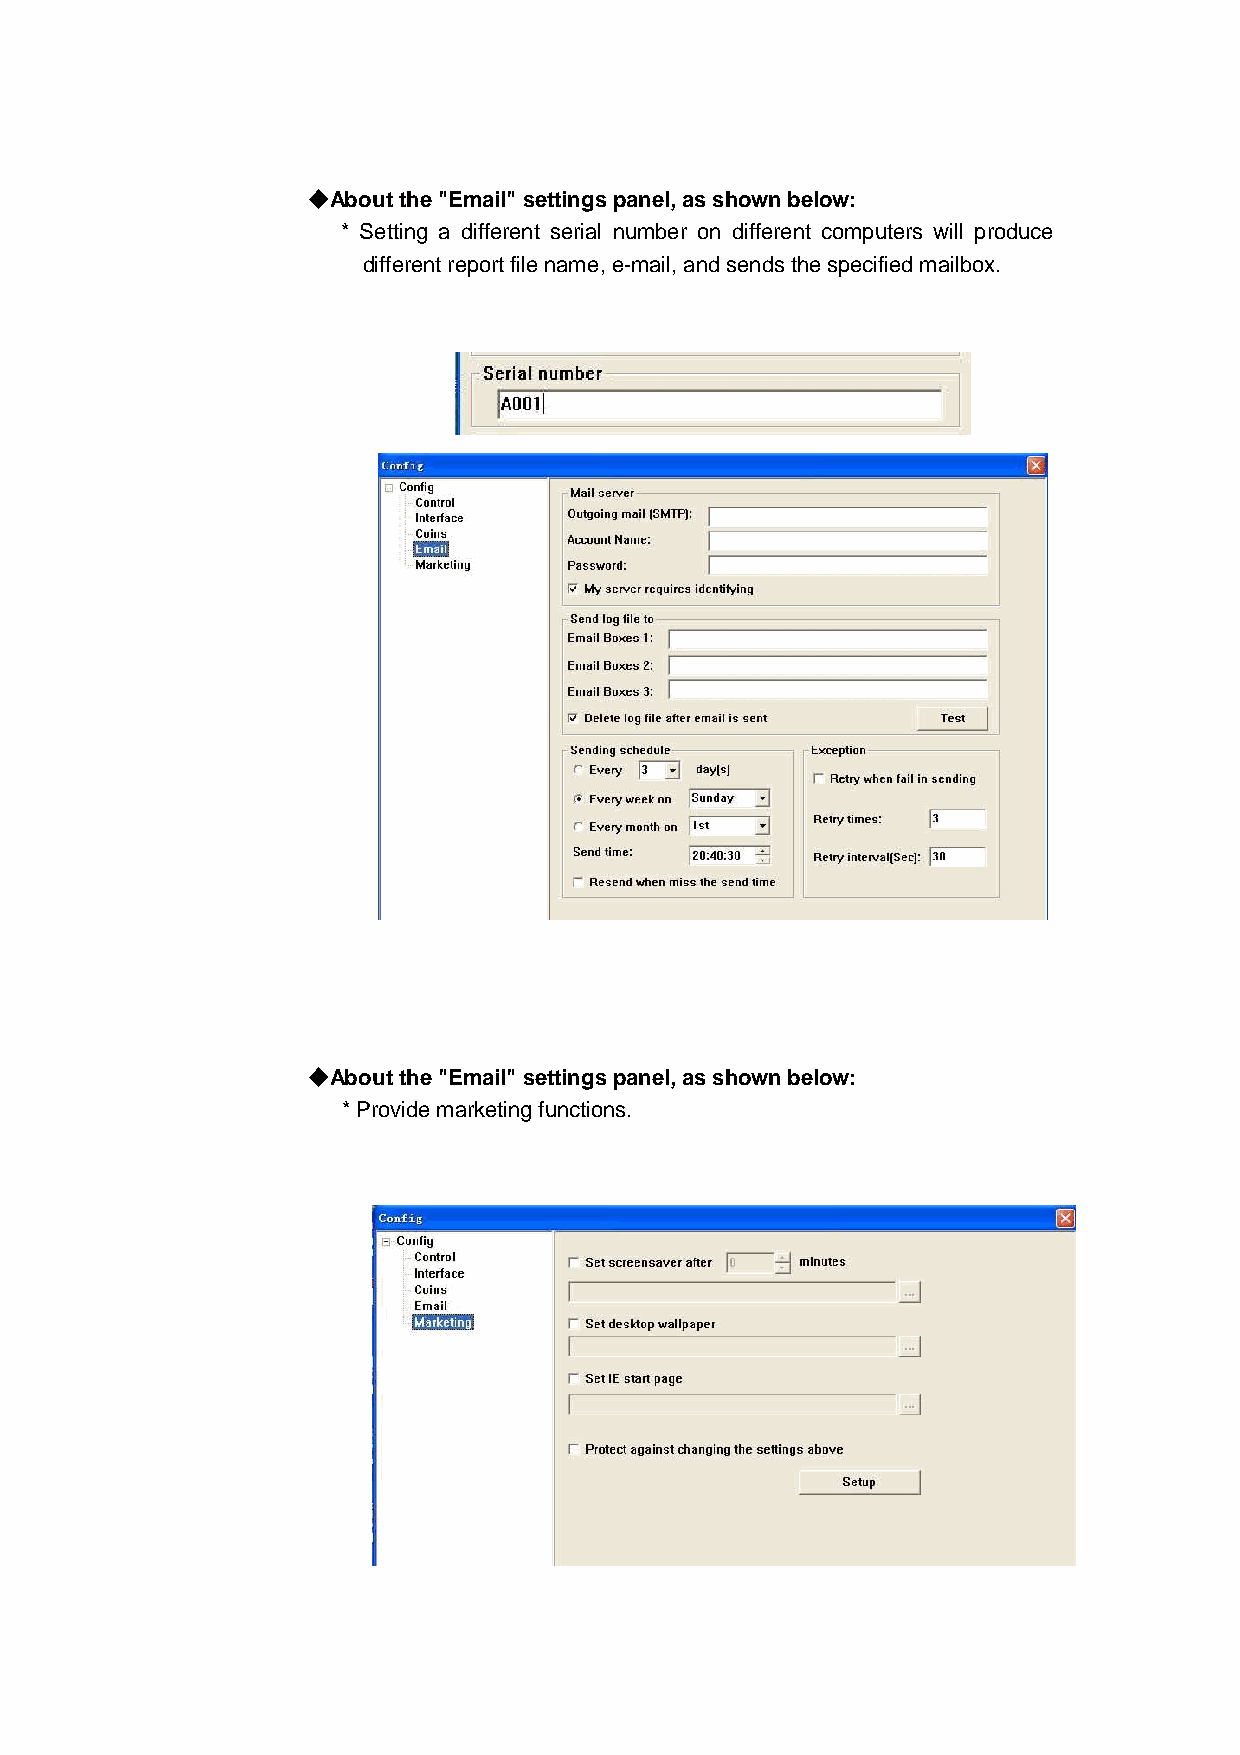
◆◆◆◆About the "Email" settings panel, as shown below:
 * Setting a different serial number on different computers will produce
 different report file name, e-mail, and sends the specified mailbox.
 ◆◆◆◆About the "Email" settings panel, as shown below:
 * Provide marketing functions.